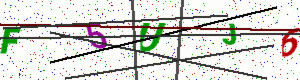
Text: F5UJ6